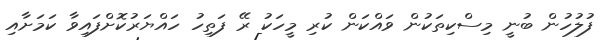
ފުލުހުން ބުނީ މިސްކިތަކުން ވައްކަން ކުރި މީހަކު ރޭ ފަތިހު ހައްޔަރުކޮށްފައިވާ ކަމަށާއި